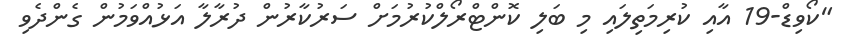
"ކޯވިޑް-19 އާއި ކުރިމަތިލައި މި ބަލި ކޮންޓްރޯލްކުރުމަށް ސަރުކާރުން ދުރާލާ އަޅުއްވަމުން ގެންދެވި